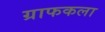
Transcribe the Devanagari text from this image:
ग्राफकला